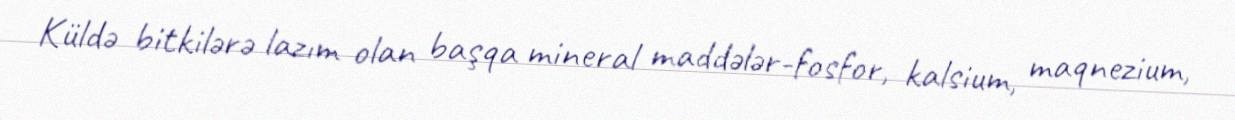
Küldə bitkilərə lazım olan başqa mineral maddələr-fosfor, kalsium, maqnezium,